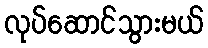
လုပ်ဆောင်သွားမယ်